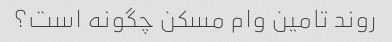
روند تامین وام مسکن چگونه است؟